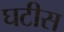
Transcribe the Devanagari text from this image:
घटीस